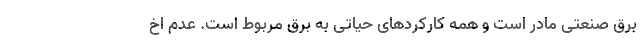
برق صنعتی مادر است و همه کارکردهای حیاتی به برق مربوط است. عدم اخ